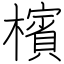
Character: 檳